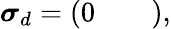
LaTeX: \boldsymbol{\sigma}_{d}=\left(\begin{array}{lll}{0}&{}&{}\end{array}\right),